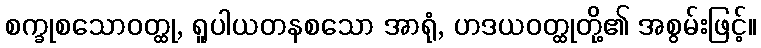
စက္ခုစသောဝတ္ထု, ရူပါယတနစသော အာရုံ, ဟဒယဝတ္ထုတို့၏ အစွမ်းဖြင့်။